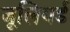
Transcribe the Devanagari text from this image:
जूलियर्ड